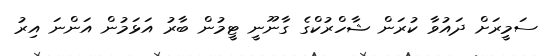
ސަމީރަށް ދައުވާ ކުރަން ޝާހްރުކްގެ ގާނޫނީ ޓީމުން ބާރު އަޅަމުން އަންނަ އިރު